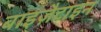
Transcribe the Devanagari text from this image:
बाइज़ैटाइन